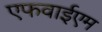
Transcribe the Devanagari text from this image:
एफवाईएम